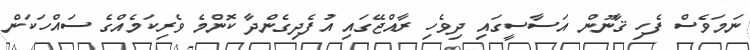
ނަމަވެސް ފެހި ޤާނޫން އަސާސީގައި ދިވެހި ރާއްޖޭގައި އުފެދިގެންދާ ކޮންމެ ވެރިކަމެއްގެ ސައްހަކަން